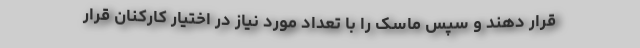
قرار دهند و سپس ماسک را با تعداد مورد نیاز در اختیار کارکنان قرار